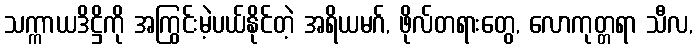
သက္ကာယဒိဋ္ဌိကို အကြွင်းမဲ့ပယ်နိုင်တဲ့ အရိယမဂ်, ဖိုလ်တရားတွေ, လောကုတ္တရာ သီလ,